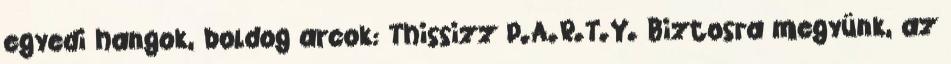
egyedi hangok, boldog arcok: Thissizz P.A.R.T.Y. Biztosra megyünk, az